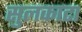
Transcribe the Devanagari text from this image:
सुलकाटा